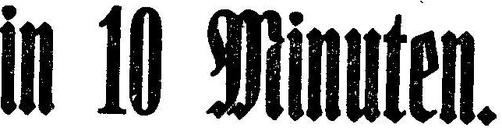
in 10 Minuten.